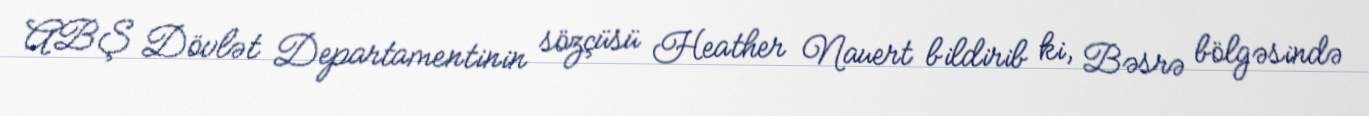
ABŞ Dövlət Departamentinin sözçüsü Heather Nauert bildirib ki, Bəsrə bölgəsində